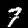
Digit: 7